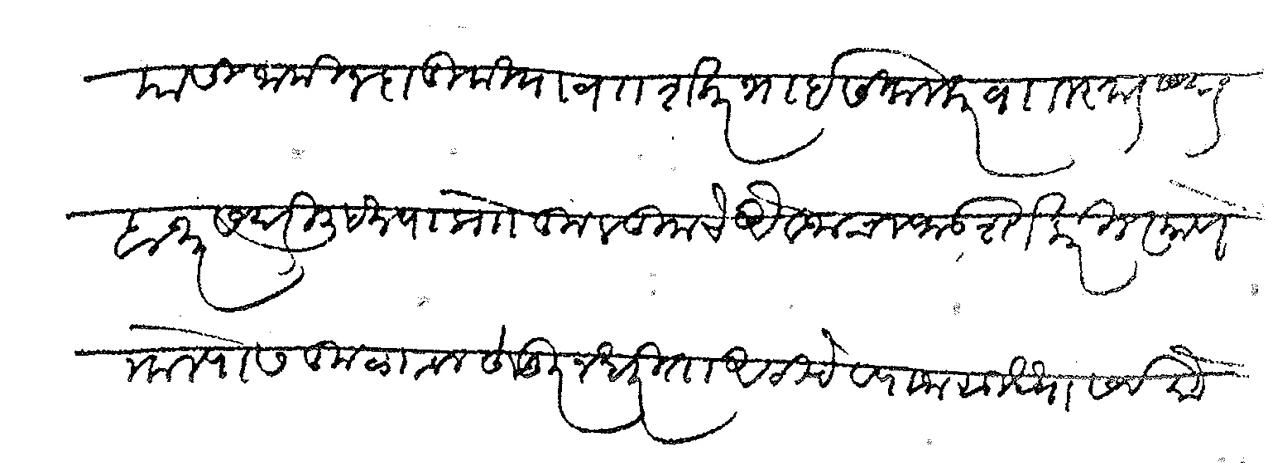
Transliteration (Devanagari): यासी जामीन दादूमिया व शकरभाई सिकलकर व लस्कर सदर बाजार सदरी लिहिल्याप्रो कुल तुमचे ऐवजाचा फडशा करील त्याने न केल्यास कुळाव्रल वर हुजूर न धरिता अटीचे व्याजासुद्धा सर्व रुये